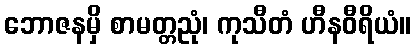
ဘောဇနမှိ စာမတ္တညုံ၊ ကုသီတံ ဟီနဝီရိယံ။